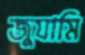
জুযামি